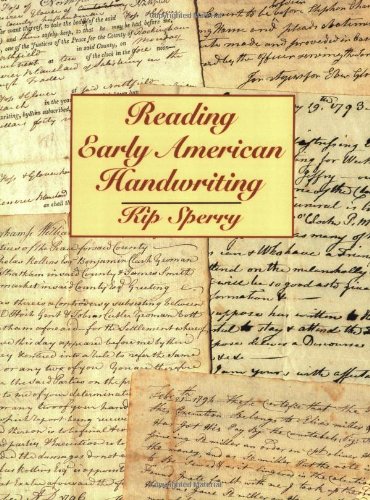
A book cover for Reading Early American Handwriting; Kip Sperry; Reference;